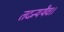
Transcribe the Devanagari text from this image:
तदन्यथैव।।